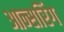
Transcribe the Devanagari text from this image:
आन्सरिंग